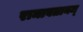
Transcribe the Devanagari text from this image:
रामावतानम्‌